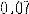
0.07